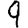
Digit: 9